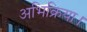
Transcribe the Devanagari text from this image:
अभिक्रिया।